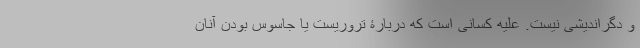
و دگراندیشی نیست. علیه کسانی است که دربارۀ تروریست یا جاسوس بودن آنان